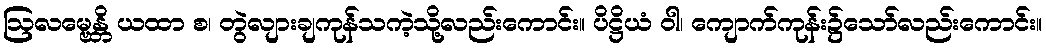
ဩလမ္ဗေန္တိ ယထာ စ၊ တွဲလျားချကုန်သကဲ့သို့လည်းကောင်း။ ပိဋ္ဌိယံ ဝါ၊ ကျောက်ကုန်း၌သော်လည်းကောင်း။